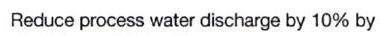
Reduce process water discharge by 10% by